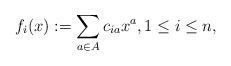
LaTeX: \begin{align*} f_i(x) := \sum_{a\in A} c_{ia} x^a ,1\le i \le n, \end{align*}